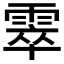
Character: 𩃣